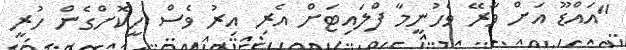
"އައްޑޫ އަށް ވާރޭ ވެހުނީމާ ފްލައިޓަށް އެރި އިރު ވެސް ހީކޮށްގެން ހުރީ